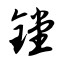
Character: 镗